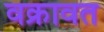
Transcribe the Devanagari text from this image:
वक्रावत